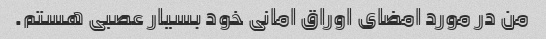
من در مورد امضای اوراق امانی خود بسیار عصبی هستم.